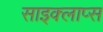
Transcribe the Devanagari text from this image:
साइक्लाप्स